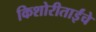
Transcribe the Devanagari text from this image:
किशोरीताईंचे